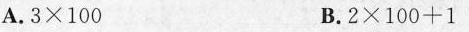
A.$$ 3 × 1 0 0 $$B.$$ 2 × 1 0 0 + 1 $$